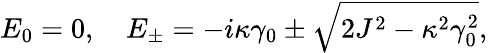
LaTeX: E_{0}=0,\quad E_{\pm}=-i\kappa\gamma_{0}\pm\sqrt{2J^{2}-\kappa^{2}\gamma_{0}^{2}},